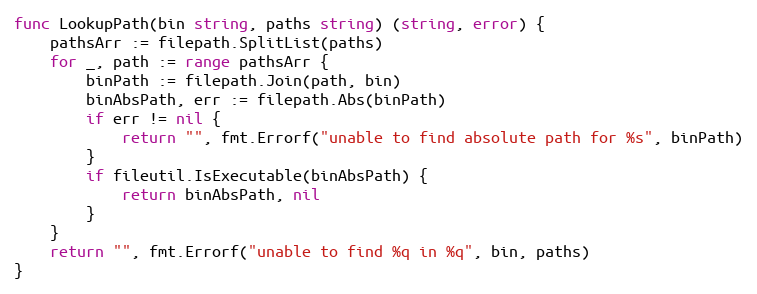
Language: Go
func LookupPath(bin string, paths string) (string, error) {
	pathsArr := filepath.SplitList(paths)
	for _, path := range pathsArr {
		binPath := filepath.Join(path, bin)
		binAbsPath, err := filepath.Abs(binPath)
		if err != nil {
			return "", fmt.Errorf("unable to find absolute path for %s", binPath)
		}
		if fileutil.IsExecutable(binAbsPath) {
			return binAbsPath, nil
		}
	}
	return "", fmt.Errorf("unable to find %q in %q", bin, paths)
}